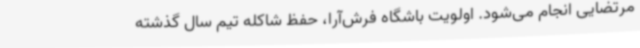
مرتضایی انجام می‌شود. اولویت باشگاه فرش‌آرا، حفظ شاکله تیم سال گذشته